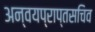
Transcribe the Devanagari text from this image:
अन्वयप्राप्तसचिव